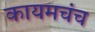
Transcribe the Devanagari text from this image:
कायमचंच